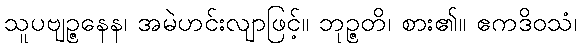
သူပဗျဉ္ဇနေန၊ အမဲဟင်းလျာဖြင့်။ ဘုဉ္ဇတိ၊ စား၏။ ဧကဒိဝသံ၊